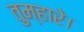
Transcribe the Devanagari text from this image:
तुम्हारे।